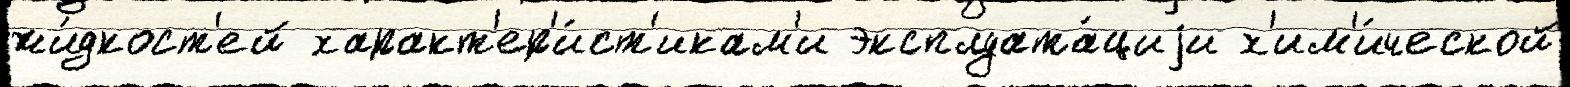
жи́дкост'ей характ'ер'и́ст'икам'и эксплуата́циjи х'им'и́ческой